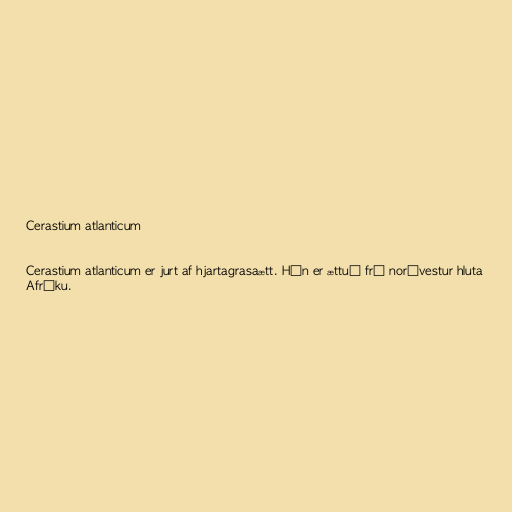
Cerastium atlanticum

Cerastium atlanticum er jurt af hjartagrasaætt. Hún er ættuð frá norðvestur hluta
Afríku.